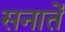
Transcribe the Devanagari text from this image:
सनातें